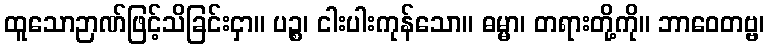
ထူသောဉာဏ်ဖြင့်သိခြင်းငှာ။ ပဉ္စ၊ ငါးပါးကုန်သော။ ဓမ္မာ၊ တရားတို့ကို။ ဘာဝေတဗ္ဗ၊